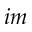
i m